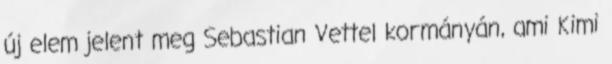
új elem jelent meg Sebastian Vettel kormányán, ami Kimi